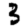
Digit: 3